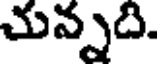
చున్నది.